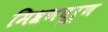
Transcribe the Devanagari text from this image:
मिश्रणपूर्ण